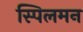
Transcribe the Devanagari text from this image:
स्पिलमन